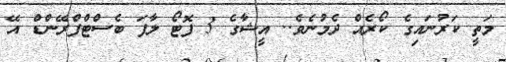
މަތީ ކަރުނައިގެ ކޯރެއް ދެމުނެވެ.. އީޝާގެ 3 ފޮޓޯ ލާފަ ބެސްޓްފްރޭންޑް އޭ